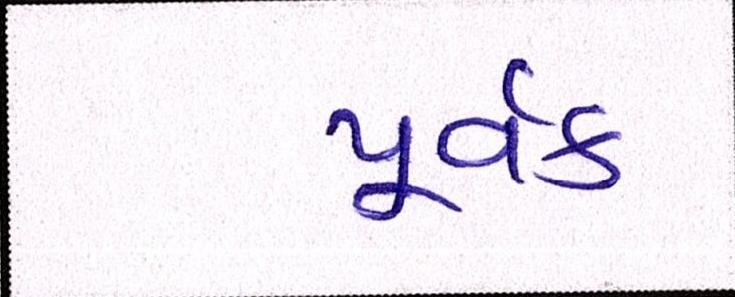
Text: પૂર્વક